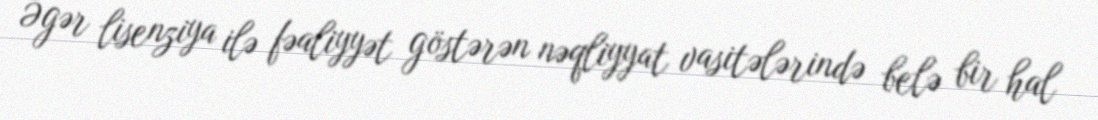
Əgər lisenziya ilə fəaliyyət göstərən nəqliyyat vasitələrində belə bir hal